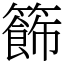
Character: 籂